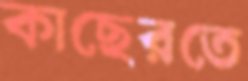
কাছেরতে